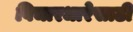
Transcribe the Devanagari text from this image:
विचारधारेसाठी